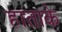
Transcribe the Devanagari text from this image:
हाताके